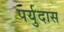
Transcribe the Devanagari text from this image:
पर्युदास